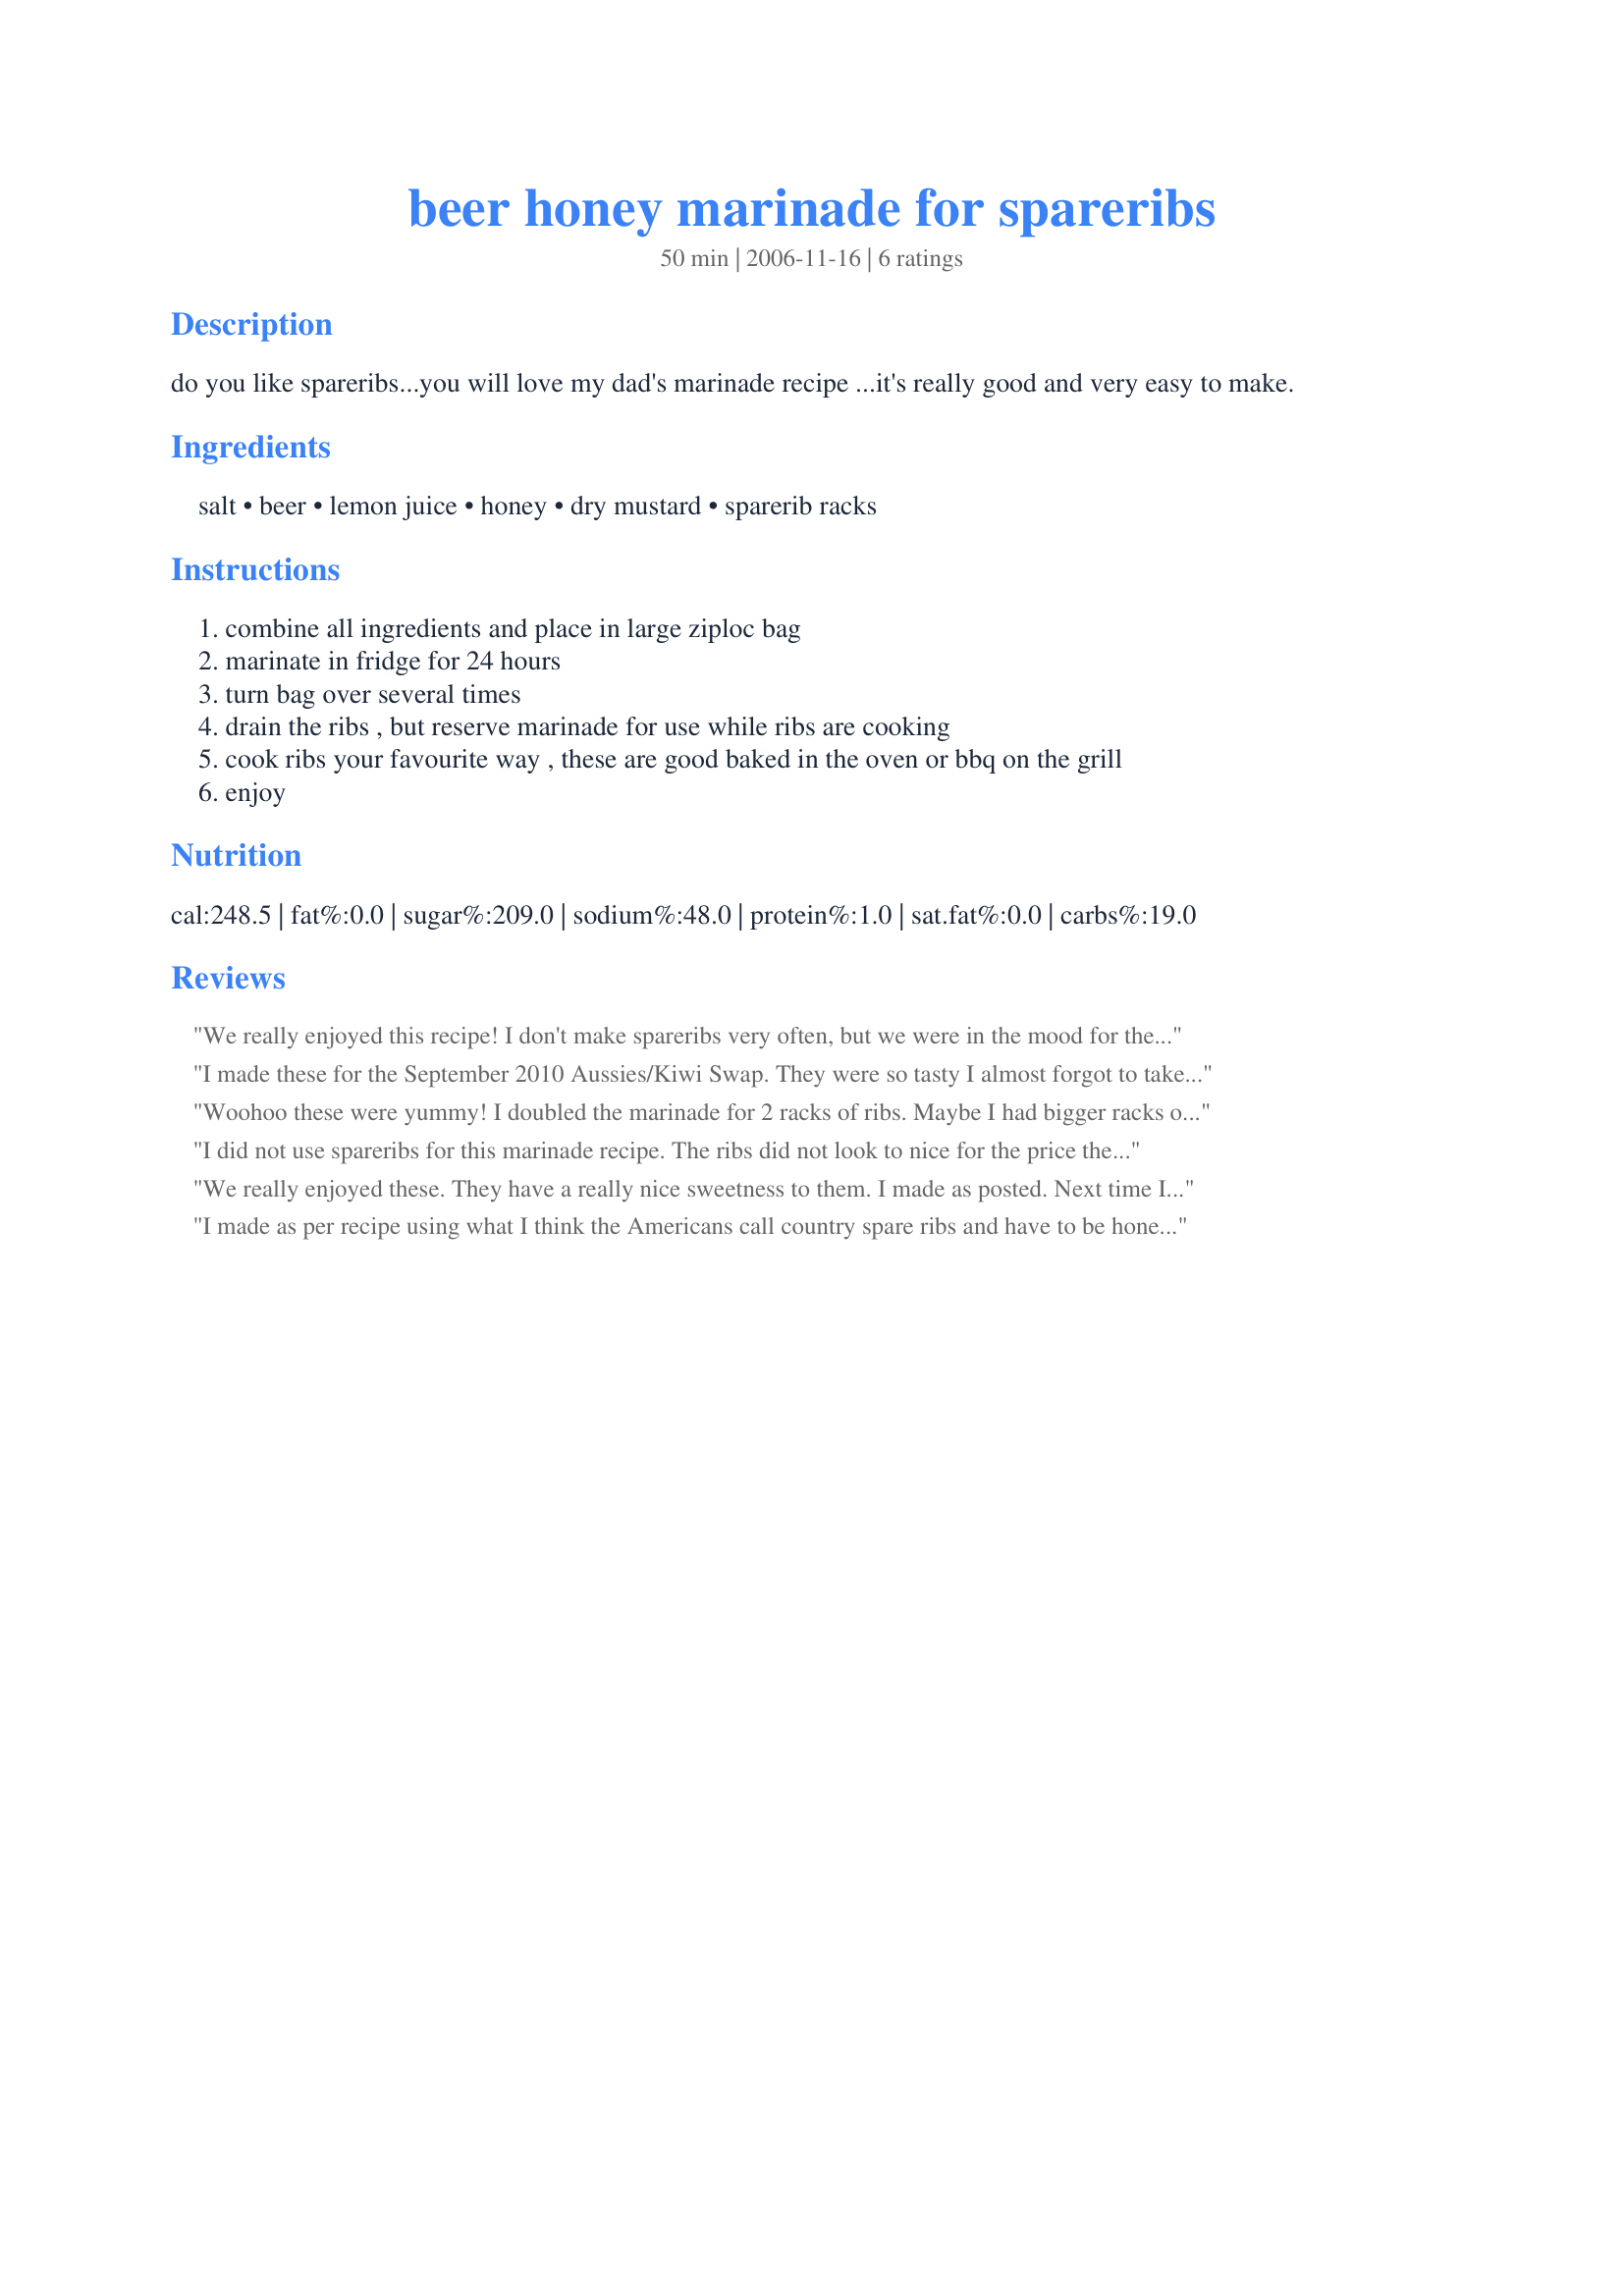
beer honey marinade for spareribs
Preparation time: 50 minutes

do you like spareribs...you will love my dad's marinade recipe ...it's really good and very easy to make.

Ingredients:
salt, beer, lemon juice, honey, dry mustard, sparerib racks

Steps:
combine all ingredients and place in large ziploc bag
marinate in fridge for 24 hours
turn bag over several times
drain the ribs , but reserve marinade for use while ribs are cooking
cook ribs your favourite way , these are good baked in the oven or bbq on the grill
enjoy

Reviews:
We really enjoyed this recipe! I don't make spareribs very often, but we were in the mood for them so these really hit the spot! I marinated them overnight. I did reduce the sauce as suggested by Elmotoo. Great flavor!
I made these for the September 2010 Aussies/Kiwi Swap. They were so tasty I almost forgot to take a photo! Here are the last two. Very flavorful!
Woohoo these were yummy! I doubled the marinade for 2 racks of ribs. Maybe I had bigger racks of ribs? I baked these in a 300F oven. I reduced the marinade to a near syrup, adding a bit more honey. Then in the end, I basted this dark, syrupy goo on the ribs & served them. Heaven! The beer added a flavor that was odd at the beginning but what a great recipe! Made for Cupid's Choice. :)
I did not use spareribs for this marinade recipe. The ribs did not look to nice for the price they were selling for so I used boneless pork chops. The marinade recipe I followed exactly as written so I will go ahead and rate with stars. I doubled the ziploc bag in case anything leaked and added all the ingredients. The pork chops I swished around a few times in the marinade. The only thing I found was the honey settled and stuck to the bag a bit. Browned the pork chops in my electric skillet with a drizzle of olive oil. Sliced an onion thinly and placed on top the chops and cooked until the pork chops were nice and brown and the onions were tender. A wonderful flavor this marinade gave, just a hint of sweet from the honey and a nice tender pork chop. This would be great with spareribs!
We really enjoyed these. They have a really nice sweetness to them. I made as posted. Next time I will try reducing the sauce like Elmotoo did. Thanks for posting.
I made as per recipe using what I think the Americans call country spare ribs and have to be honest and say I personally didn't care for the flavour but the DM and the DS thought they were great and even came back for seconds. I banked the for 45 minutes in the oven at 175C but think they may taste better if done on the B-B-Q.ank you Baby Kato, made for ZAAR Stars tag game.
